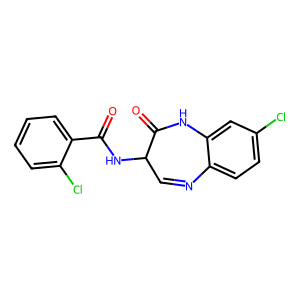
SMILES: O=C(NC1C=Nc2ccc(Cl)cc2NC1=O)c1ccccc1Cl
Inhibits HIV replication: No